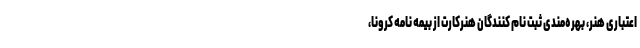
اعتباری هنر، بهره‌مندی ثبت نام کنندگان هنرکارت از بیمه نامه کرونا،